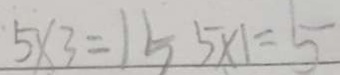
5 \times 3 = 1 5 5 \times 1 = 5